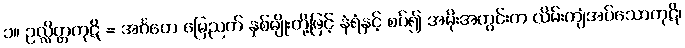
၁။ ဥလ္လိတ္တကုဋိ = အင်္ဂတေ မြေညက် နှစ်မျိုးတို့ဖြင့် နံရံနှင့် စပ်၍ အမိုးအတွင်းက လိမ်းကျံအပ်သောကုဋိ၊